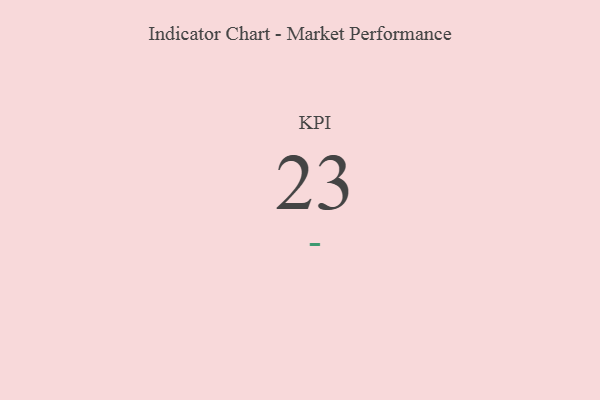
{"axis": {"x": "KPI", "y": "Value"}, "legend": [""], "data": [{"x": "KPI", "y": 23, "type": ""}]}